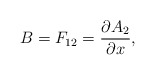
\begin{align*}B=F_{12}=\frac{\partial A_2}{\partial x},\end{align*}